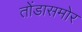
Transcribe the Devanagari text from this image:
तोंडासमोर